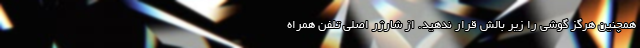
همچنین هرگز گوشی را زیر بالش قرار ندهید. از شارژر اصلی تلفن همراه